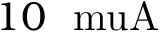
1 0 ~ \mathrm { \ m u A }